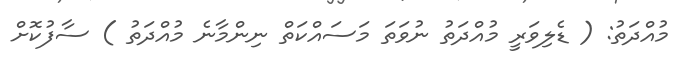
މުއްދަތު: ( ޑެލިވަރީ މުއްދަތު ނުވަތަ މަސައްކަތް ނިންމާނެ މުއްދަތު ) ސާފުކޮށް